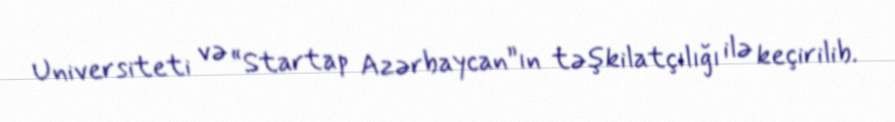
Universiteti və “Startap Azərbaycan”ın təşkilatçılığı ilə keçirilib.